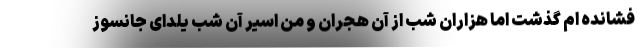
فشانده ام گذشت اما هزاران شب از آن هجران و من اسیر آن شب یلدای جانسوز